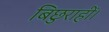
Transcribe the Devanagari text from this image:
बिछुराहीं।